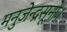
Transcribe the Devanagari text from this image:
मनुजेन्द्रसूनोः।